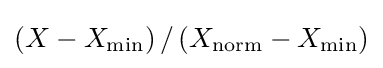
\left(X-X_{\text{min}}\right)/\left(X_{\text{norm}}-X_{\text{min}}\right)